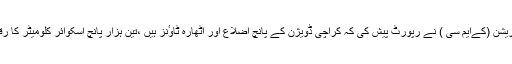
دوران سماعت کراچی میٹروپولیٹن کارپوریشن (کےایم سی ) نے رپورٹ پیش کی کہ کراچی ڈویژن کے پانچ اضلاع اور اٹھارہ ٹاوٴنز ہیں ،تین ہزار پانچ اسکوائر کلومیٹر کا رقبہ ہے ، چودہ سو مربع کلو میٹر آباد ہے ۔